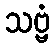
သဗ္ဗံ